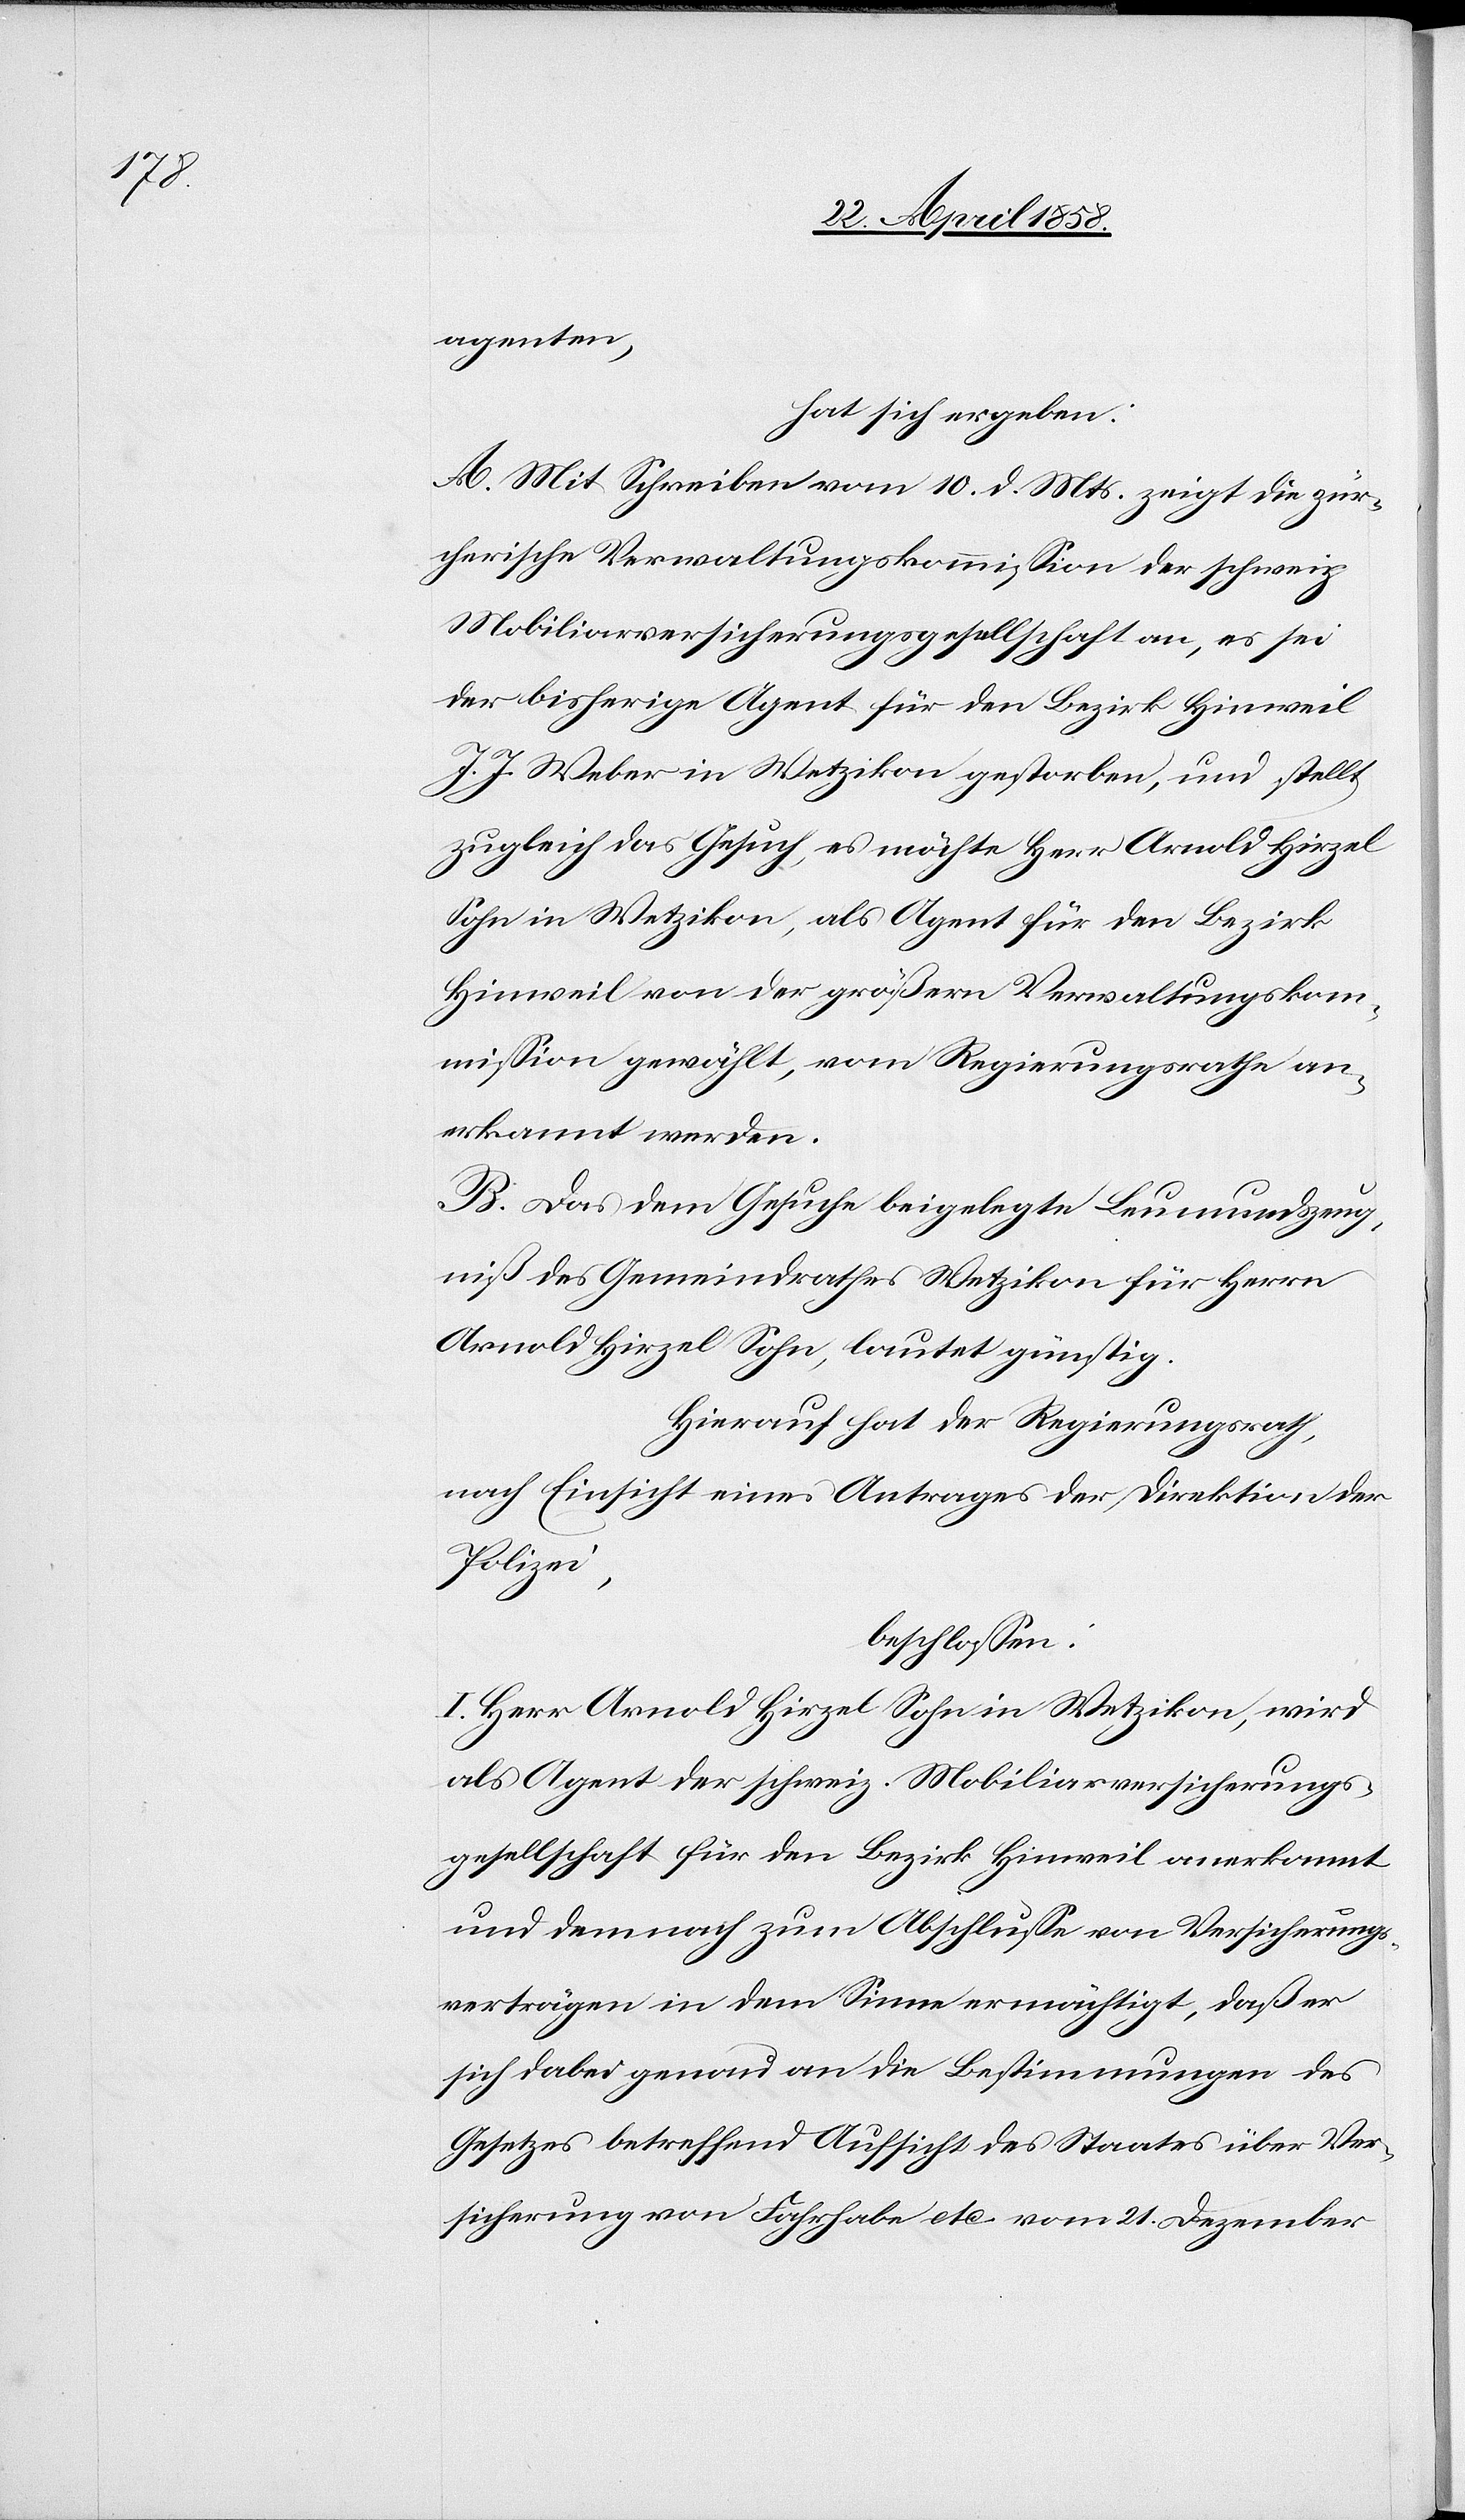
agenten,
hat sich ergeben:
A. Mit Schreiben vom 10. d. Mts. zeigt die zür¬
cherische Verwaltungskommission der schweiz.
Mobiliarversicherungsgesellschaft an, es sei
der bisherige Agent für den Bezirk Hinweil
J. J. Weber in Wetzikon gestorben und stellt
zugleich das Gesuch, es möchte Herr Arnold Hirzel
Sohn in Wetzikon, als Agent für den Bezirks
Hinweil von der größern Verwaltungskom¬
mission gewählt, vom Regierungsrathe an¬
erkannt werden.
B. Das dem Gesuche beigelegte Lemundszeug¬
niß des Gemeindrathes Wetzikon für Herrn
Arnold Hirzel Sohn, lautet günstig.
Hierauf hat der Regierungsrath,
nach Einsicht eines Antrages der Direktion der
Polizei,
beschlossen:
I. Herr Arnold Hirzel Sohn in Wetzikon, wird
als Agent der schweiz. Mobiliarversicherungs¬
gesellschaft für den Bezirk Hinweil anerkannt
und demnach zum Abschlusse von Versicherungs¬
verträgen in dem Sinne ermächtigt, daß er
sich dabei genau an die Bestimmungen des
Gesetzes betreffend Aufsicht des Staates über Ver¬
sicherung von Fahrhabe etc. vom 21. Dezember